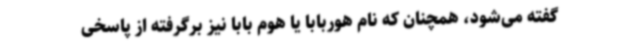
گفته می‌شود، همچنان که نام هوربابا یا هوم بابا نیز برگرفته از پاسخی